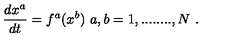
\frac { d x ^ { a } } { d t } = f ^ { a } ( x ^ { b } ) \ a , b = 1 , . . . . . . . . , N \ .